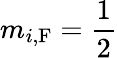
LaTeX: m_{i,\textrm{F}}=\frac{1}{2}